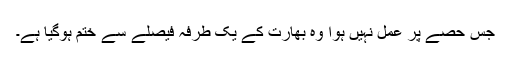
جس حصے پر عمل نہیں ہوا وہ بھارت کے یک طرفہ فیصلے سے ختم ہوگیا ہے۔